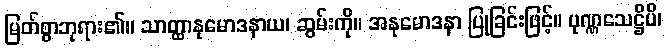
မြတ်စွာဘုရား၏။ သာတ္ထာနုမောဒနာယ၊ ဆွမ်းကို။ အနုမောဒနာ ပြုခြင်းဖြင့်။ ပုဏ္ဏသေဋ္ဌိပိ၊